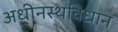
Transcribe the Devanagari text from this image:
अधीनस्थविधान